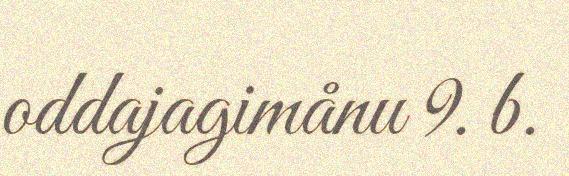
oddajagimånu 9. b.